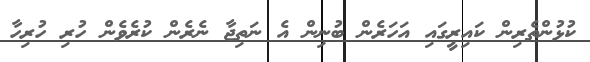
ކުޅުންތެރިން ކައިރީގައި އަހަރެން ބުނިން އެ ނަތިޖާ ނެރެން ކުރެވެން ހުރި ހުރިހާ